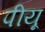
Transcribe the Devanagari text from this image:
पीयू